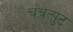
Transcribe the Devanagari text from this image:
चंचत्पुट